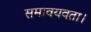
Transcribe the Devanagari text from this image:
समावयवता।